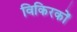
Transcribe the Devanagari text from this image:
विकिरकों